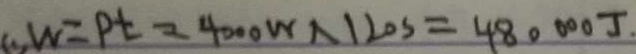
\therefore W = P t = 4 0 0 0 W \times 1 2 0 s = 4 8 0 0 0 0 J .